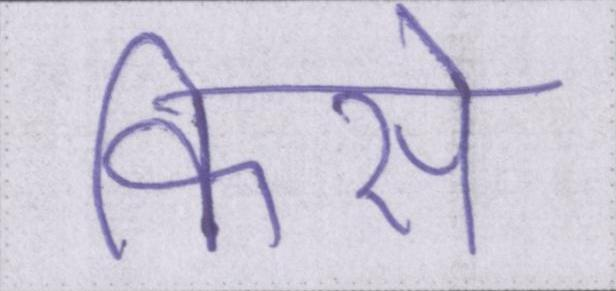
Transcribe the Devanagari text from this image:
किसे